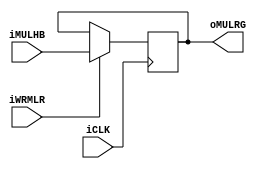
module mulreg(
        input           iCLK,
        input           iWRMLR,
        input  [7:0]    iMULHB,
        output [7:0]    oMULRG
    );
    reg [7:0]       rMULRG = 8'h00;
    assign oMULRG = rMULRG;
    always@(posedge iCLK) begin
        if(iWRMLR) begin
            rMULRG <= iMULHB;
        end
        else begin
            rMULRG <= rMULRG;
        end
    end
endmodule